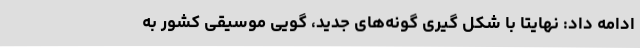
ادامه داد: نهایتا با شکل گیری گونه‌های جدید، گویی موسیقی کشور به